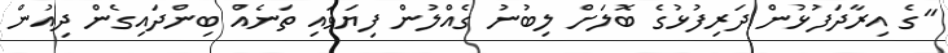
"ގެ އިރާދަފުޅުން ދަރިފުޅުގެ ބޮލަށް ލިބުނު ގެއްލުން ފިޔަވައި ތަނެއް ބިންދައިގެން ދިއުން